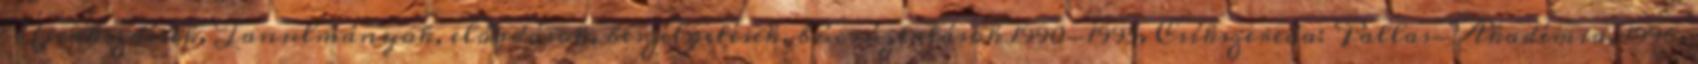
Újrakezdések. Tanulmányok, előadások, beszélgetések, búcsúztatások 1990-1995. Csíkszereda: Pallas-Akadémia, 1996.